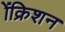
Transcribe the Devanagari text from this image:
ॲक्रिशन